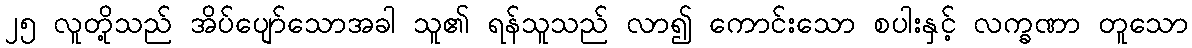
၂၅ လူတို့သည် အိပ်ပျော်သောအခါ သူ၏ ရန်သူသည် လာ၍ ကောင်းသော စပါးနှင့် လက္ခဏာ တူသော